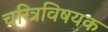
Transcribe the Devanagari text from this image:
चरित्रविषयक